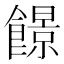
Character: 䭘